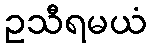
ဥသီရမယံ